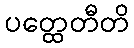
ပတ္ထေတီတိ